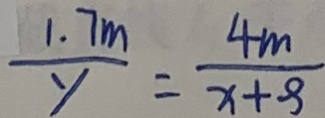
\frac { 1 . 7 m } { y } = \frac { 4 m } { x + 9 }